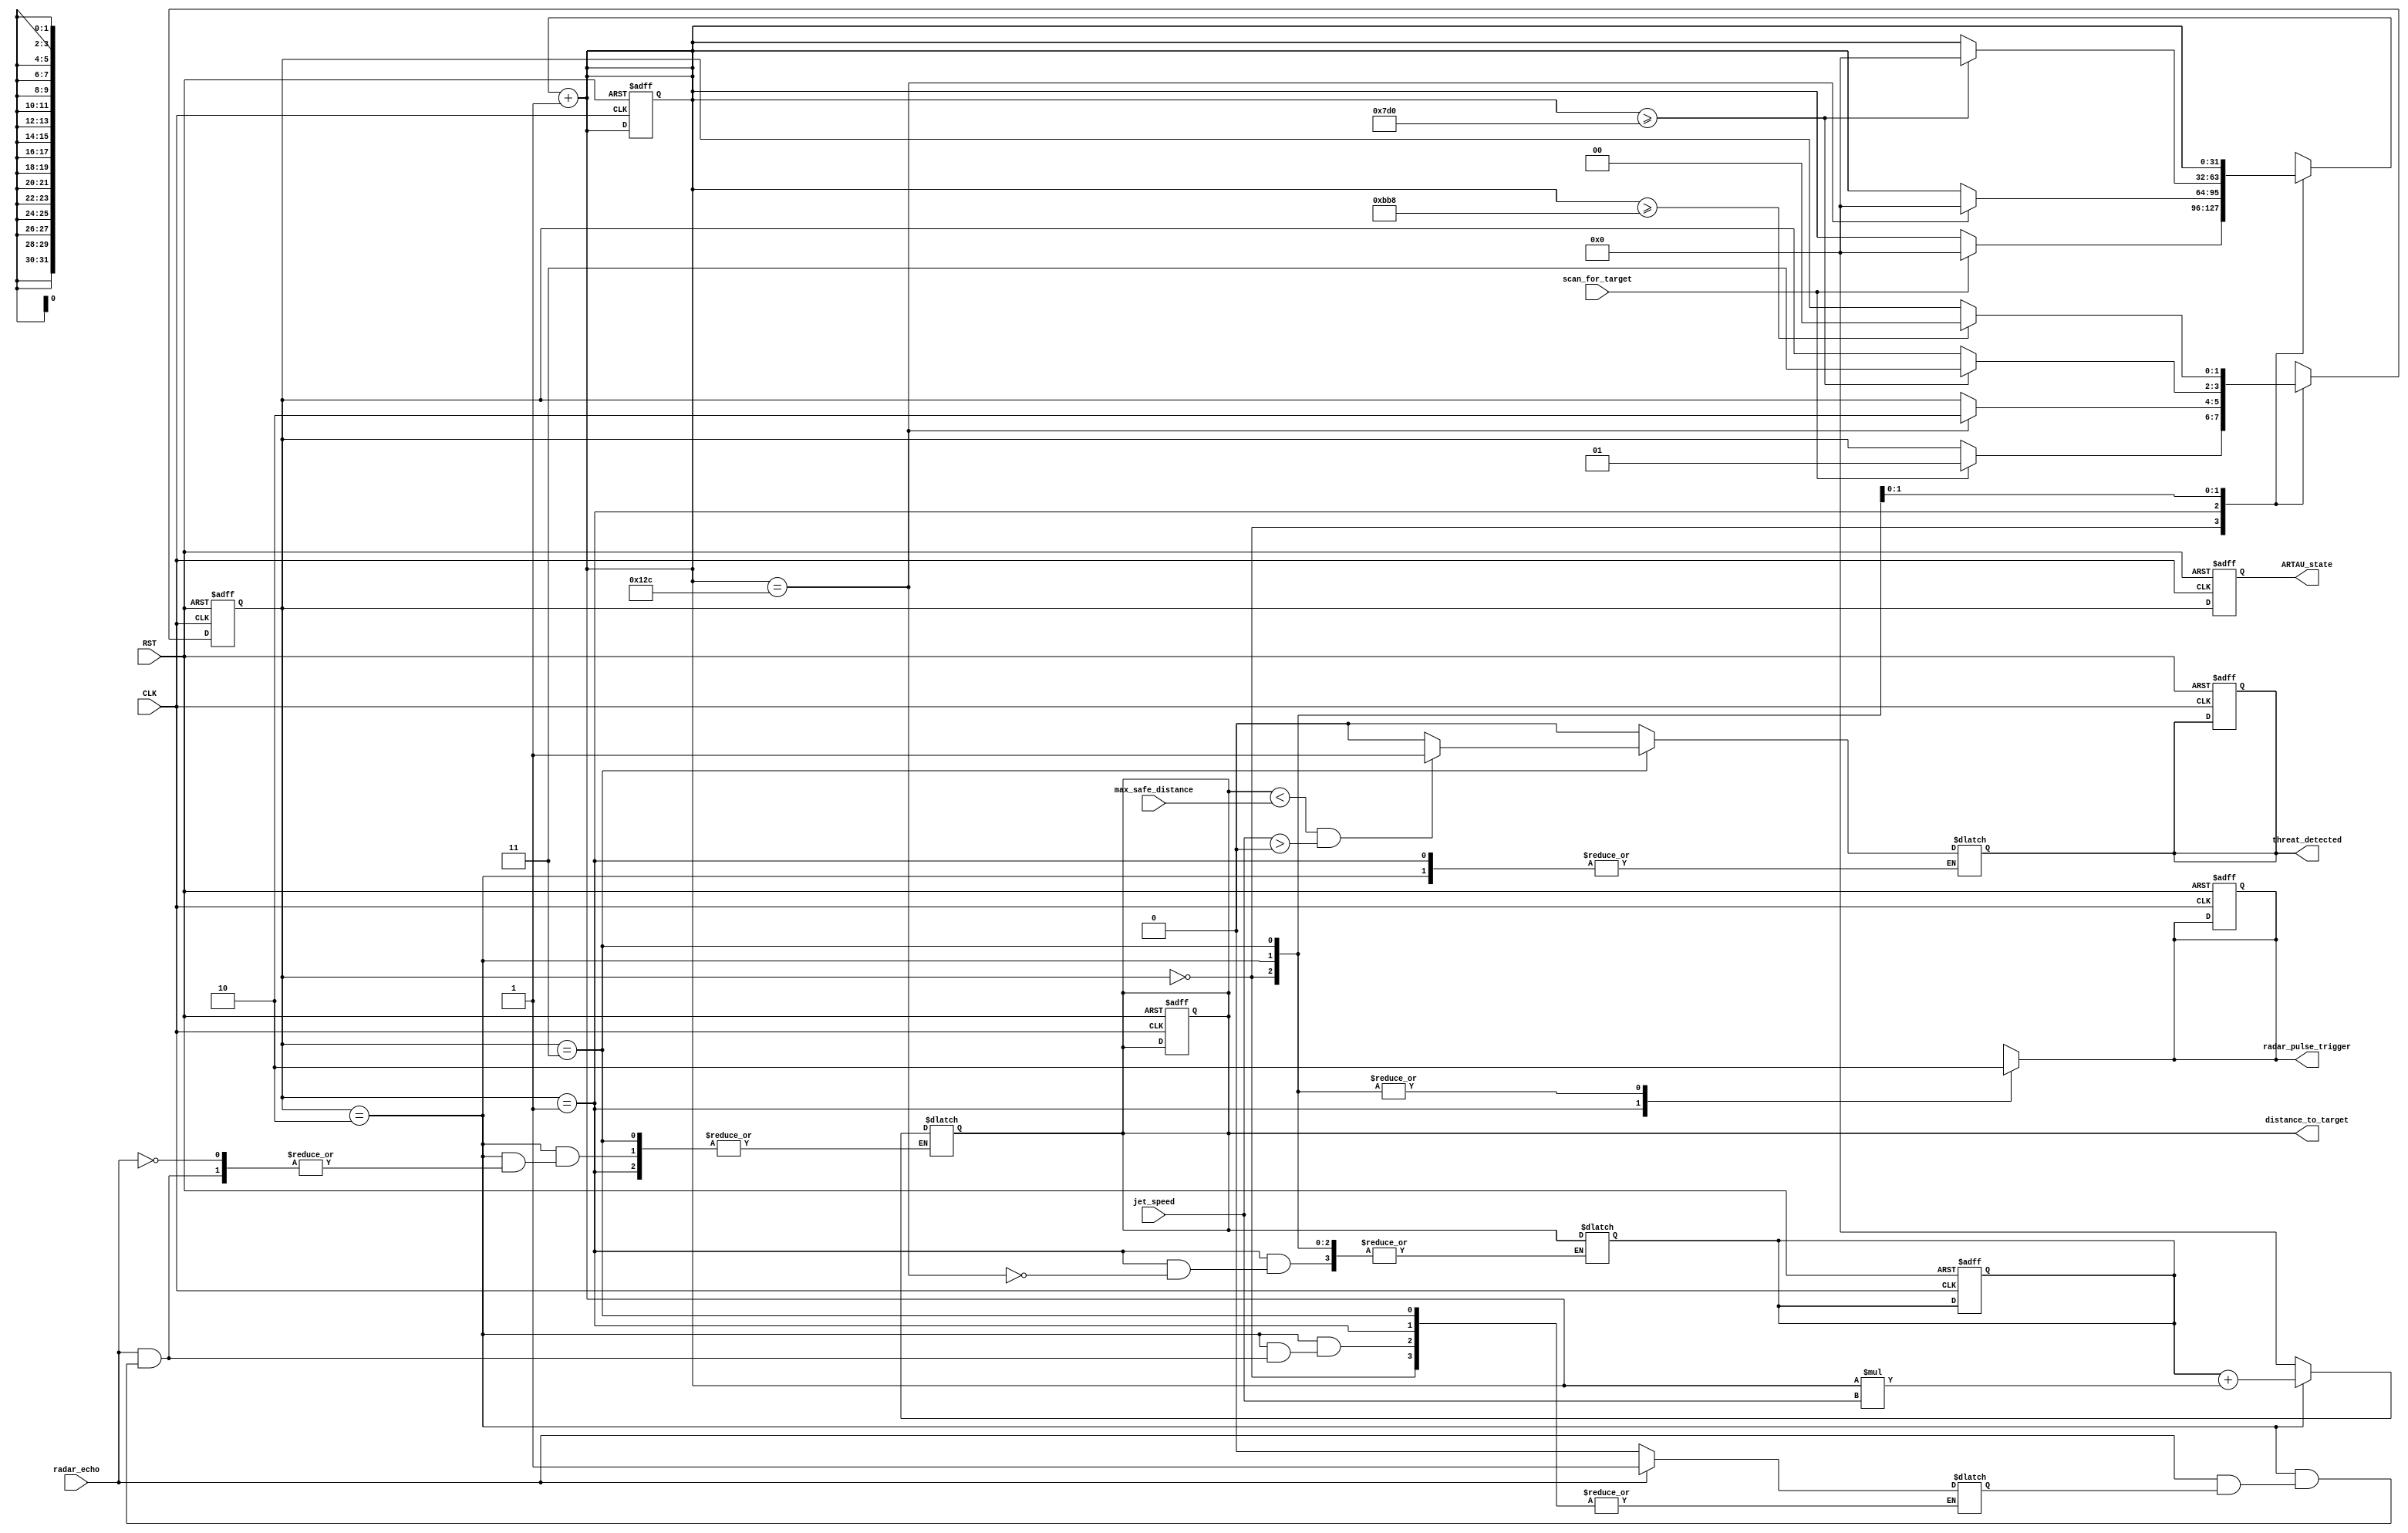
`timescale 1us / 1ps

module ARTAU(
    input radar_echo,
    input scan_for_target,
    input [31:0] jet_speed,
    input [31:0] max_safe_distance,
    input RST,
    input CLK,
    output reg radar_pulse_trigger,
    output reg [31:0] distance_to_target,
    output reg threat_detected,
    output reg [1:0] ARTAU_state
);

// State parameters
parameter IDLE = 2'b00;
parameter EMIT = 2'b01;
parameter LISTEN = 2'b10;
parameter ASSESS = 2'b11;

// Define state registers
reg [1:0] current_state;
reg [1:0] next_state;

// Internal signals
reg echo_received;
reg [31:0] time_in_state;
reg [31:0] distance_at_emit;

// State transitions and logic
always @(posedge CLK or posedge RST) begin
    if (RST) begin
        current_state <= IDLE;
        radar_pulse_trigger <= 0;
        distance_to_target <= 0;
        threat_detected <= 0;
        time_in_state <= 0;
        distance_at_emit <= 0;
    end else begin
        current_state <= next_state;
    end
end

always @* begin
    // Default next state
    next_state = current_state;





    case (current_state)
        IDLE: begin
            radar_pulse_trigger = 0;
            distance_to_target = 0;
            threat_detected = 0;
            if (scan_for_target) begin
                next_state = EMIT;
                time_in_state = 0;
            end
        end






        EMIT: begin
            radar_pulse_trigger = 1;
            if (time_in_state == 300) begin
                next_state = LISTEN;
                time_in_state = 0;
                distance_at_emit = distance_to_target; 
            end
        end





        LISTEN: begin
            radar_pulse_trigger = 0;
            if (radar_echo) begin
                if (!echo_received) begin
                    echo_received = 1;
                    distance_to_target = distance_at_emit + (time_in_state * jet_speed); 
                end
            end else begin
                echo_received = 0;
            end

            if (time_in_state >= 2000) begin
                next_state = ASSESS;
                time_in_state = 0;
            end
        end






        ASSESS: begin
            radar_pulse_trigger = 0;
            threat_detected = (distance_to_target < max_safe_distance && jet_speed > 0) ? 1 : 0;
            // Calculate new_distance_to_target if needed

            if (time_in_state >= 3000) begin
                next_state = IDLE;
            end
        end
    endcase




    // Increment time in state
    time_in_state = time_in_state + 1;
end




// Output assignment
always @(posedge CLK or posedge RST) begin
    if (RST) begin
        ARTAU_state <= IDLE;
    end else begin
        ARTAU_state <= current_state;
    end
end

endmodule